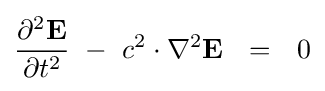
{\partial ^{2}\mathbf {E}  \over \partial t^{2}}\ -\ c^{2}\cdot \nabla ^{2}\mathbf {E} \ \ =\ \ 0